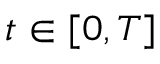
t \in [ 0 , T ]